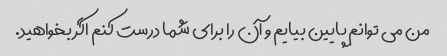
من می توانم پایین بیایم و آن را برای شما درست کنم اگر بخواهید.